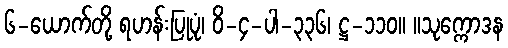
၆-ယောက်တို့ ရဟန်းပြုပုံ၊ ဝိ-၄-ပါ-၃၃၆၊ ဋ္ဌ-၁၁၀။ ။သုက္ကောဒန